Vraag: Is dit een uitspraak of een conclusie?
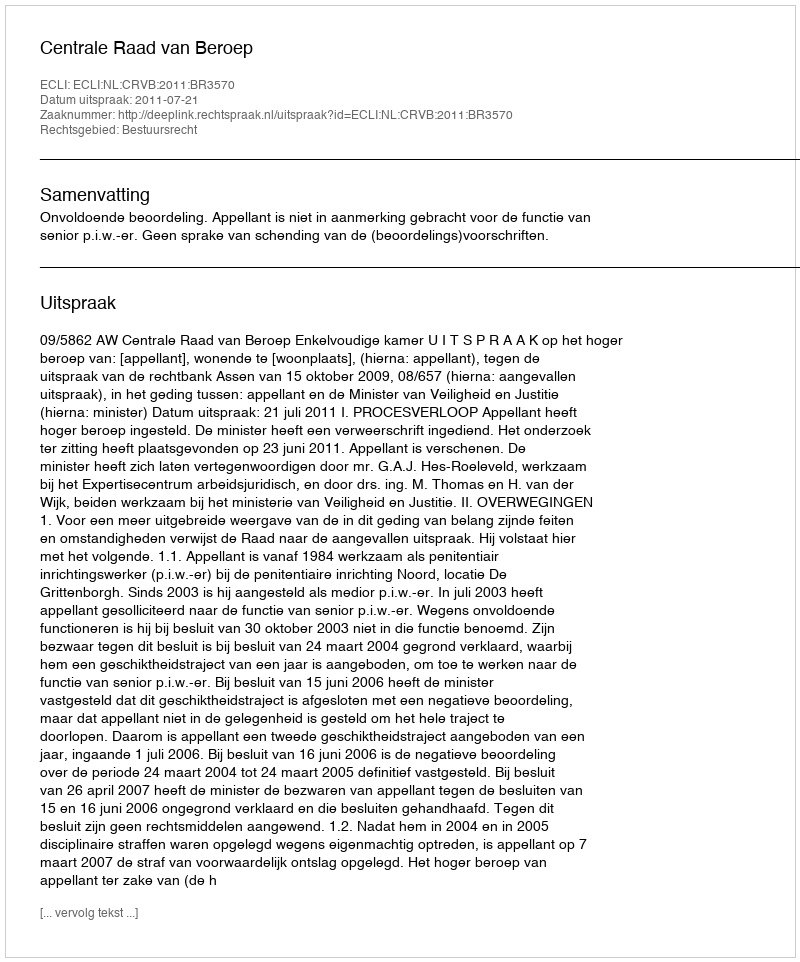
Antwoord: Uitspraak